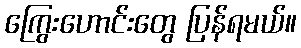
ကြွေးဟောင်းတွေ ပြန်ရမယ်။